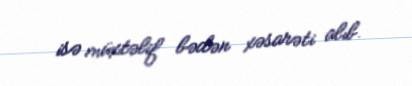
isə müxtəlif bədən xəsarəti alıb.